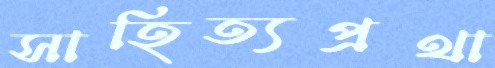
সাহিত্যপ্রথা